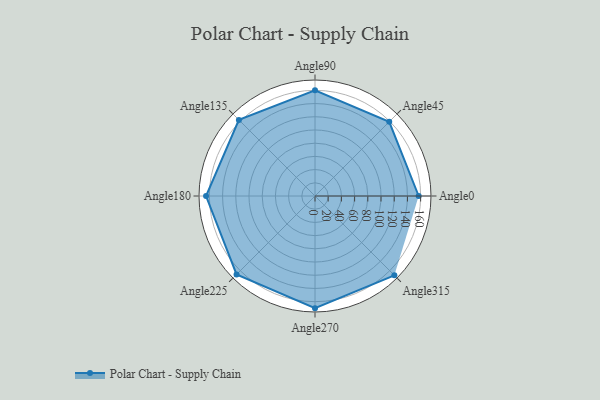
{"axis": {"x": "Angle", "y": "Radius"}, "legend": [""], "data": [{"x": "Angle0", "y": 157.0, "type": ""}, {"x": "Angle45", "y": 159.0, "type": ""}, {"x": "Angle90", "y": 160.0, "type": ""}, {"x": "Angle135", "y": 163.0, "type": ""}, {"x": "Angle180", "y": 165.0, "type": ""}, {"x": "Angle225", "y": 168.0, "type": ""}, {"x": "Angle270", "y": 170, "type": ""}, {"x": "Angle315", "y": 170, "type": ""}]}